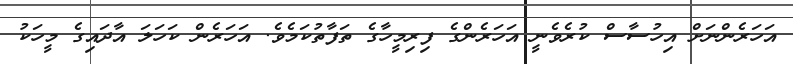
އަހަރެންނަށް އިހުސާސް ކުރެވެނީ އަހަރެންގެ ފިރިމީހާގެ ތަފާތުކަމެވެ. އަހަރެން ކަހަލަ އާދައިގެ މީހަކު